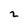
Character: 2